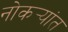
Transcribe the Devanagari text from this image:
नोकर्‍यांत